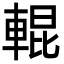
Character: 輥